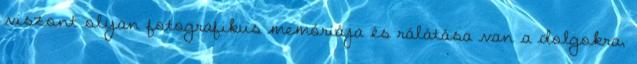
viszont olyan fotografikus memóriája és rálátása van a dolgokra,